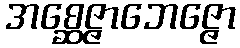
အစ္ဆေဇ္ဇာဘေဇ္ဇော